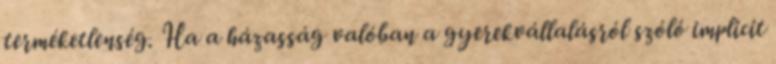
terméketlenség. Ha a házasság valóban a gyerekvállalásról szóló implicit